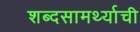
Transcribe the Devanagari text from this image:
शब्दसामर्थ्याची